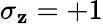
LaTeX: \sigma_{\mathbf{z}}=+1